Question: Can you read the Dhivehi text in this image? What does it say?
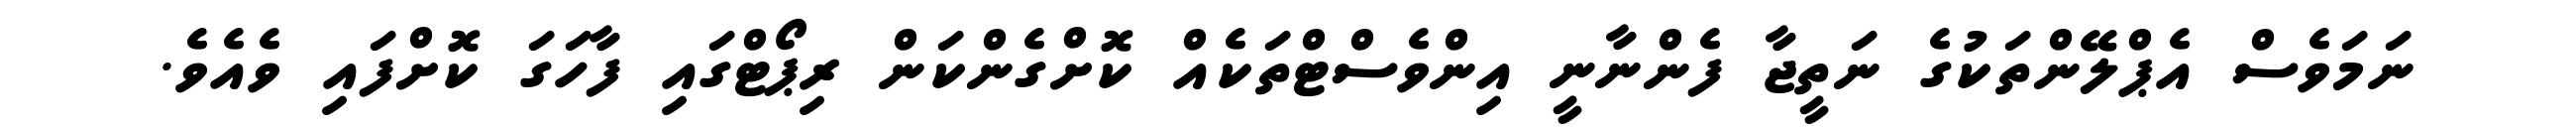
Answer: ނަމަވެސް އެޕްލޭންތަކުގެ ނަތީޖާ ފެންނާނީ އިންވެސްޓްތަކެއް ކޮށްގެންކަން ރިޕޯޓްގައި ފާހަގަ ކޮށްފައި ވެއެވެ.